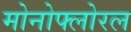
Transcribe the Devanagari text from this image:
मोनोफ्लोरल